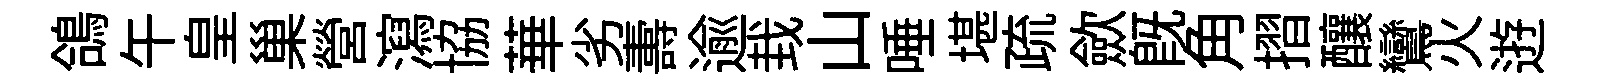
鴿午皇巢營瀉協華劣夀逾㘽山唾堪疏歛旣角摺釀鸞火逰